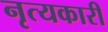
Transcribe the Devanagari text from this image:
नृत्यकारी